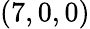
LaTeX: (7,0,0)